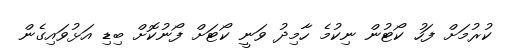
ކުރުމަށް ފަހު ކޯޓުން ނިކުމެ ހާމިދު ވަނީ ކޯޓަށް ފޯނުކޮށް ބިޑި އަޅުވައިގެން